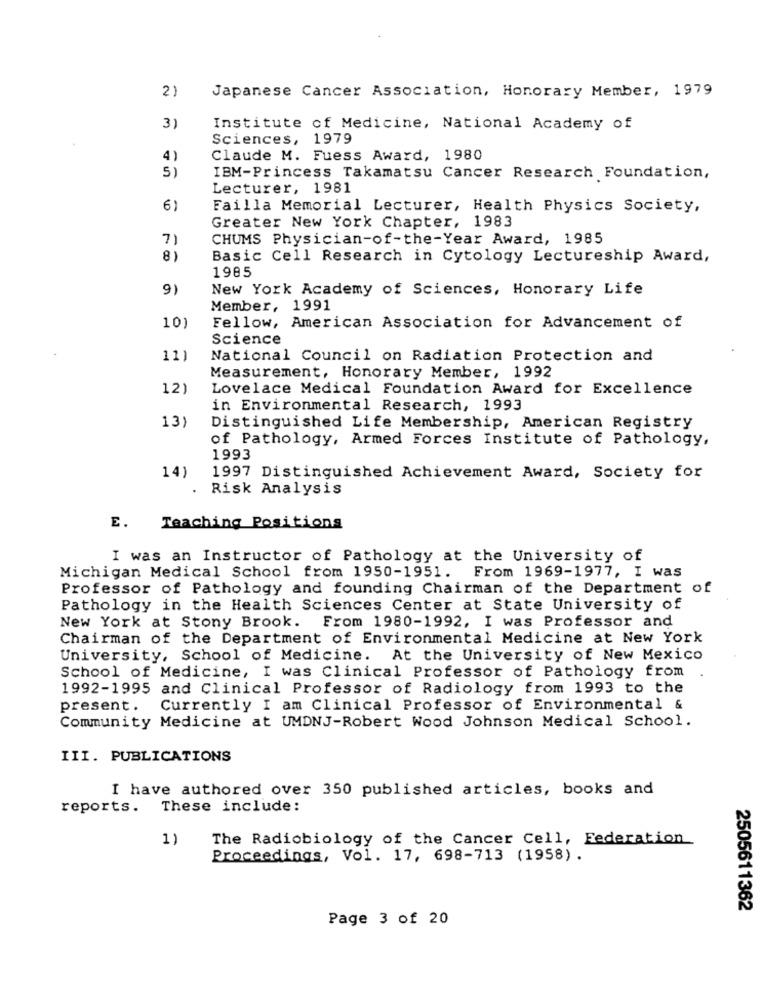
2)
Japanese Cancer Association, Honorary Member, 1979
3)
Institute of Medicine, National Academy of
Sciences, 1979
4 )
Claude M. Fuess Award, 1980
5)
IBM-Princess Takamatsu Cancer Research Foundation,
Lecturer, 1981
6)
Failla Memorial Lecturer, Health Physics Society,
Greater New York Chapter, 1983
7)
CHUMS Physician-of-the-Year Award, 1985
8)
Basic Cell Research in Cytology Lectureship Award,
1985
9)
New York Academy of Sciences, Honorary Life
Member, 1991
10)
Fellow, American Association for Advancement of
Science
11)
National Council on Radiation Protection and
Measurement, Honorary Member, 1992
12)
Lovelace Medical Foundation Award for Excellence
in Environmental Research, 1993
13)
Distinguished Life Membership, American Registry
of Pathology, Armed Forces Institute of Pathology,
1993
14)
1997 Distinguished Achievement Award, Society for
. Risk Analysis
E. Teaching Positions
I was an Instructor of Pathology at the University of
Michigan Medical School from 1950-1951. From 1969-1977, I was
Professor of Pathology and founding Chairman of the Department of
Pathology in the Health Sciences Center at State University of
New York at Stony Brook. From 1980-1992, I was Professor and
Chairman of the Department of Environmental Medicine at New York
University, School of Medicine. At the University of New Mexico
School of Medicine, I was Clinical Professor of Pathology from
1992-1995 and Clinical Professor of Radiology from 1993 to the
present.
Currently I am Clinical Professor of Environmental &
Community Medicine at UMDNJ-Robert Wood Johnson Medical School.
III. PUBLICATIONS
I have authored over 350 published articles, books and
reports.
These include:
1)
The Radiobiology of the Cancer Cell, Federation
Proceedings, Vol. 17, 698-713 (1958) .
2505611362
Page 3 of 20